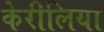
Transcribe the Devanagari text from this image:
केरीलिया